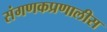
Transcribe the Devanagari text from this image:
संगणकप्रणालीस